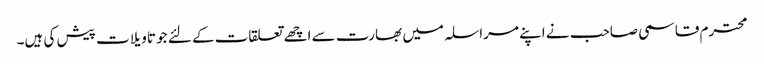
محترم قاسمی صاحب نے اپنے مراسلہ میں بھارت سے اچھے تعلقات کے لئے جو تاویلات پیش کی ہیں۔